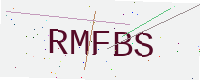
Text: RMFBS